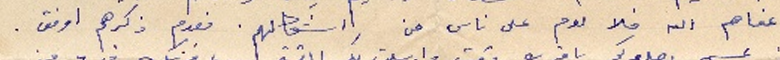
عفاهم الله فلا لوم على ناس من اشكالهم. فعدم ذكرهم اوفق.